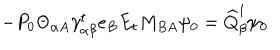
LaTeX: - P _ { 0 } \Theta _ { \alpha A } \gamma _ { \alpha \beta } ^ { t } e _ { B } E _ { t } M _ { B A } \psi _ { 0 } = \widehat { Q } _ { \beta } ^ { 1 } \psi _ { 0 }